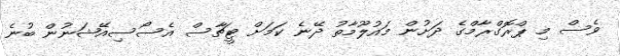
ވެސް މި ޕްރޮގްރާމްގެ ދަށުން މައުލޫމާތު ދޭނެ ކަމަށް ޓީޗާސް އެސޯސިއޭޝަނުން ބުނެ